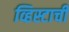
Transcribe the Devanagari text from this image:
व्हिस्टाची